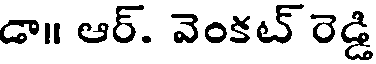
డా॥ ఆర్. వెంకట్ రెడ్డి